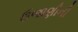
ઉજાણીની